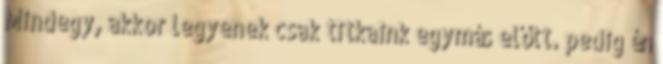
Mindegy, akkor legyenek csak titkaink egymás előtt. pedig én